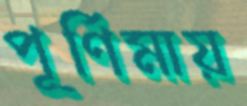
পূর্ণিমায়